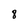
Character: 8